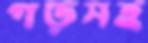
গড়সহ